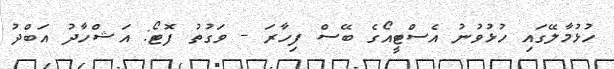
ހުޅުމާލޭގައި ހުޅުވުނު އެސްޓީއޯގެ ބޭސް ފިހާރަ - ވަގުތު ފޮޓޯ: އަޝްހާދު އަބްދު